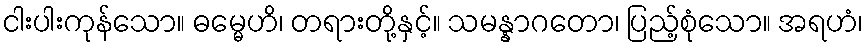
ငါးပါးကုန်သော။ ဓမ္မေဟိ၊ တရားတို့နှင့်။ သမန္နာဂတော၊ ပြည့်စုံသော။ အရဟံ၊